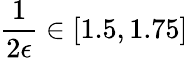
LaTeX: \frac{1}{2\epsilon}\in[1.5,1.75]